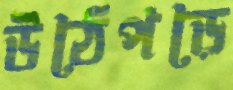
উঠেপড়ে